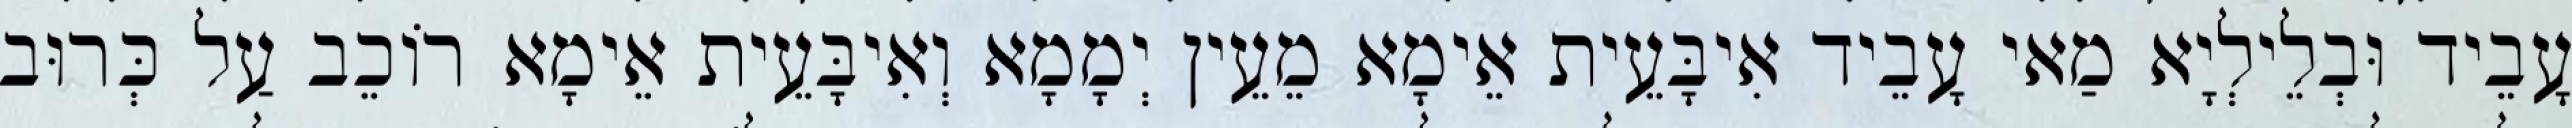
עָבֵיד וּבְלֵילְיָא מַאי עָבֵיד אִיבָּעֵית אֵימָא מֵעֵין יְמָמָא וְאִיבָּעֵית אֵימָא רוֹכֵב עַל כְּרוּב